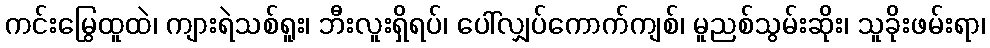
ကင်းမြွေထူထဲ၊ ကျားရဲသစ်ရူး၊ ဘီးလူးရှိရပ်၊ ပေါ်လျှပ်ကောက်ကျစ်၊ မူညစ်သွမ်းဆိုး၊ သူခိုးဖမ်းရာ၊